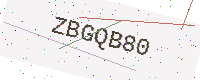
Text: ZBGQB80